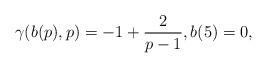
LaTeX: \begin{align*}\gamma(b(p),p)=-1+\frac{2}{p-1},b(5)=0,\end{align*}